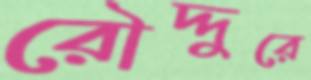
রৌদ্দুরে